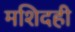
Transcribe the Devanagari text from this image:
मशिदही